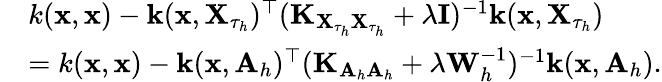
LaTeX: \begin{array}{rl}&{k(\mathbf{x},\mathbf{x})-\mathbf{k}(\mathbf{x},\mathbf{X}_{\tau_{h}})^{\top}(\mathbf{K}_{\mathbf{X}_{\tau_{h}}\mathbf{X}_{\tau_{h}}}+\lambda\mathbf{I})^{-1}\mathbf{k}(\mathbf{x},\mathbf{X}_{\tau_{h}})}\\ &{=k(\mathbf{x},\mathbf{x})-\mathbf{k}(\mathbf{x},\mathbf{A}_{h})^{\top}(\mathbf{K}_{\mathbf{A}_{h}\mathbf{A}_{h}}+\lambda\mathbf{W}_{h}^{-1})^{-1}\mathbf{k}(\mathbf{x},\mathbf{A}_{h}).}\end{array}